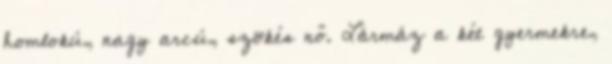
homlokú, nagy arcú, szökés nő. Lármáz a két gyermekre,